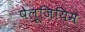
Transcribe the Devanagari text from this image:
पेलूज़ियिम